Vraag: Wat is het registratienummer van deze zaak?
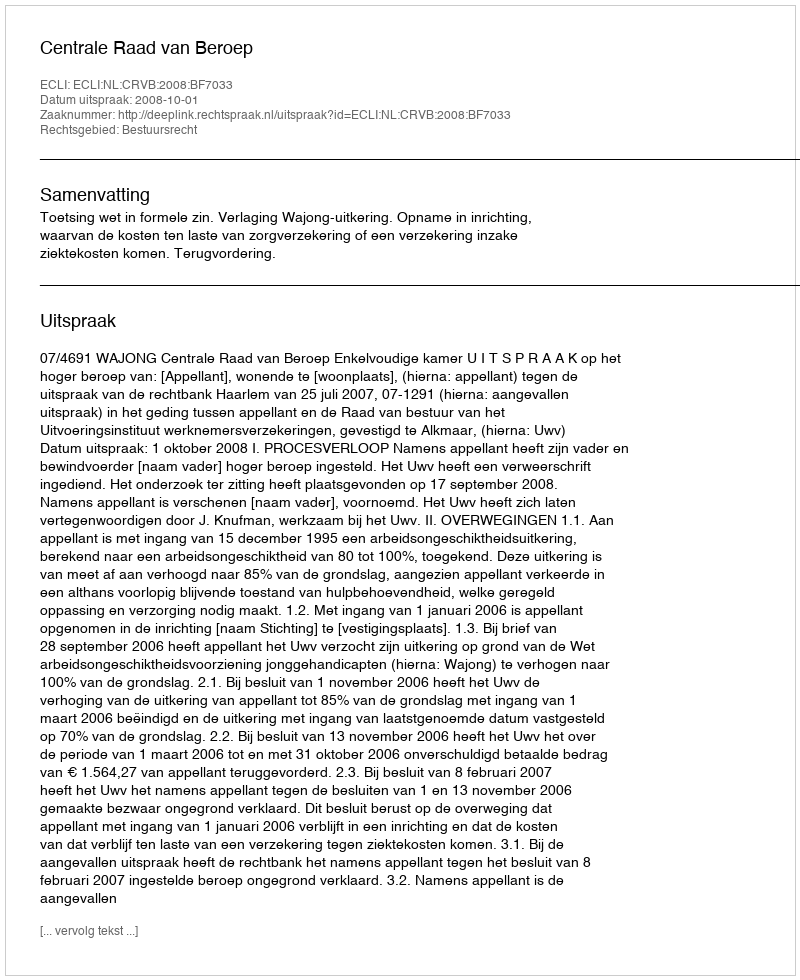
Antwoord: http://deeplink.rechtspraak.nl/uitspraak?id=ECLI:NL:CRVB:2008:BF7033